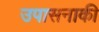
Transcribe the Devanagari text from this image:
उपासनाकी